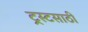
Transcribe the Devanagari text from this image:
ट्रस्टसाठी